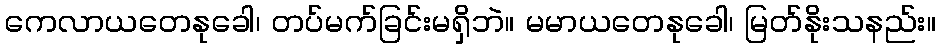
ကေလာယတေနုခေါ၊ တပ်မက်ခြင်းမရှိဘဲ။ မမာယတေနုခေါ၊ မြတ်နိုးသနည်း။